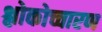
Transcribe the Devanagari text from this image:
श्लोकोच्चारण